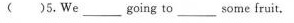
( )5.We__going to__ some fruit.